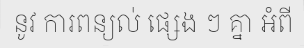
នូវ ការពន្យល់ ផ្សេង ៗ គ្នា អំពី